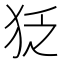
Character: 𤝑